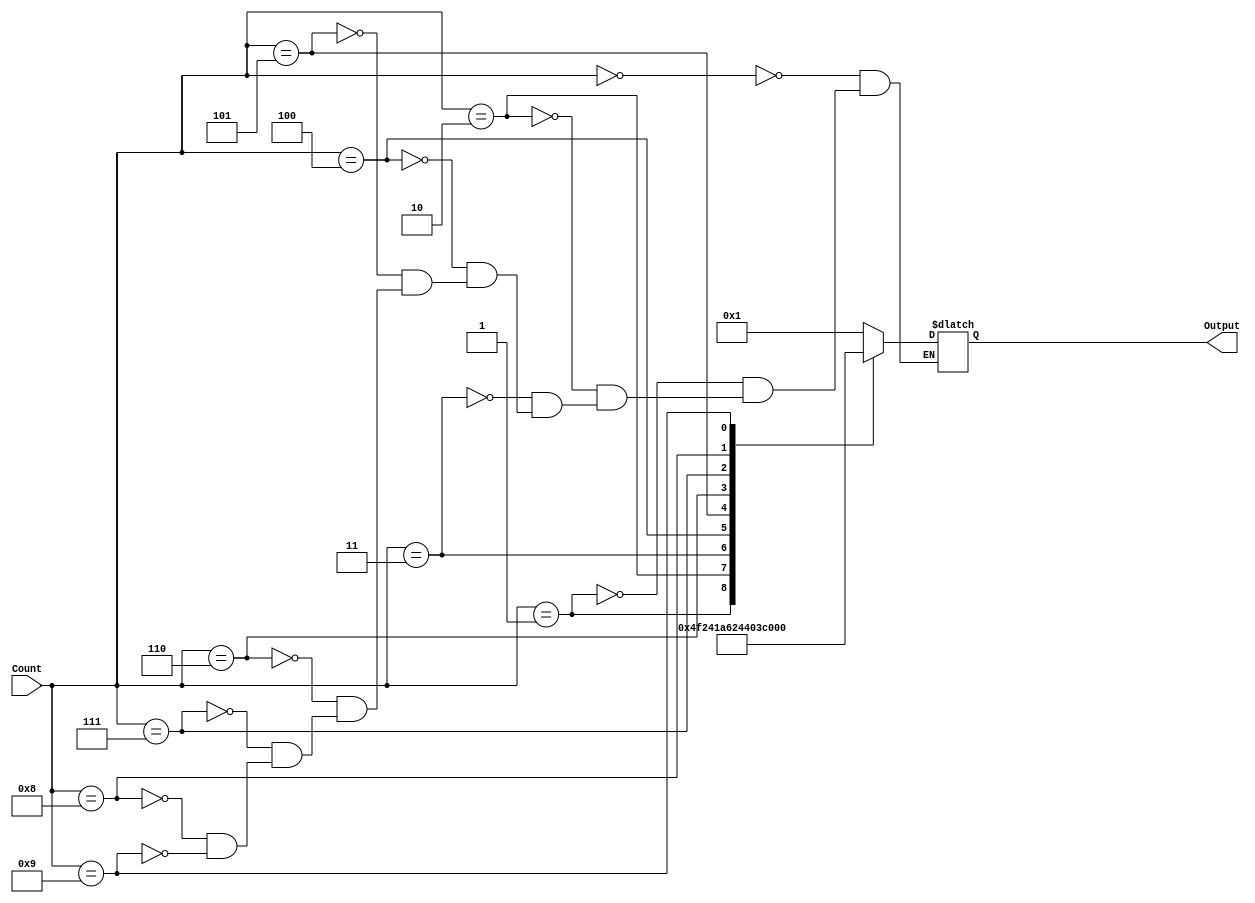
module BCD_decoder_modified(Count,							// Display output 0-9 with 4 bits binary input using case								
		 Output);
				
				
	input [3:0] Count;
	integer i; 
	output reg[0:6]Output;	
			

	
always @ (Count)				
// 0-a, 1-b, 2-c, 3-d, 4-e, 5-f, 6-g
	case (Count)
	4'b0000 : Output[0:6] = 7'b0000001;  // 0
	4'b0001 : Output[0:6] = 7'b1001111;	 // 1
	4'b0010 : Output[0:6] = 7'b0010010;	 // 2
	4'b0011 : Output[0:6] = 7'b0000110;	 // 3
	4'b0100 : Output[0:6] = 7'b1001100;  // 4	
	4'b0101 : Output[0:6] = 7'b0100100;  // 5
	4'b0110 : Output[0:6] = 7'b0100000;  // 6
	4'b0111 : Output[0:6] = 7'b0001111;  // 7
	4'b1000 : Output[0:6] = 7'b0000000;  // 8
	4'b1001 : Output[0:6] = 7'b0001100;  // 9
	endcase
	
	
endmodule